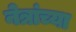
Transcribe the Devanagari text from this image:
नेत्रांच्या